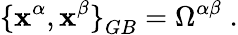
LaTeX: {\{ \mathbf{x}^{\alpha},\mathbf{x}^{\beta}\} }_{GB}=\Omega^{\alpha\beta}\; .